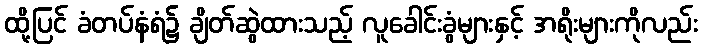
ထို့ပြင် ခံတပ်နံရံ၌ ချိတ်ဆွဲထားသည့် လူခေါင်းခွံများနှင့် အရိုးများကိုလည်း